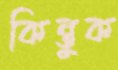
কিন্তুক